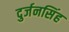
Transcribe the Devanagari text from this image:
दुर्जनसिंह